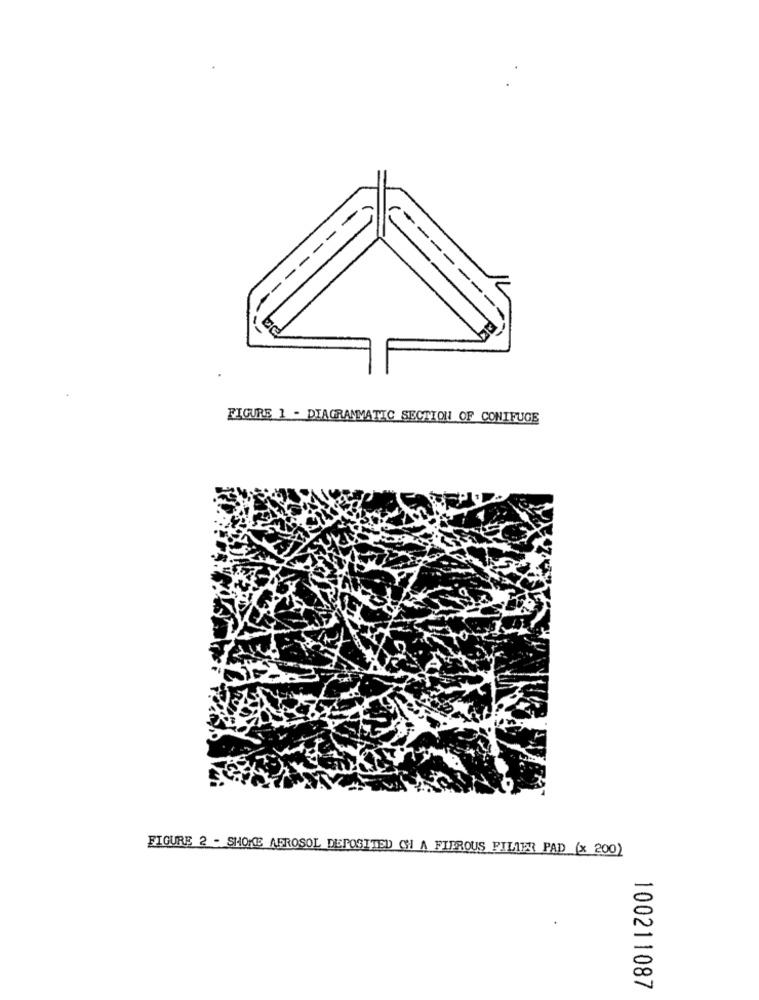
FIGURE 1 - DIAGRAMMATIC SECTION OF CONIFUGE
FIGURE 2 - SMOKE AFROSOL DEPOSITED CH A FIEROUS FILTER PAD (x 200)
100211087